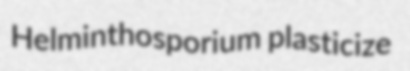
Helminthosporium plasticize